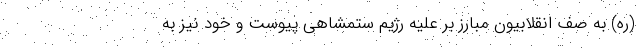
(ره) به صف انقلابیون مبارز بر علیه رژیم ستمشاهی پیوست و خود نیز به